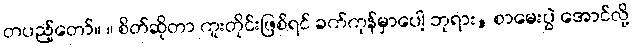
တပည့်တော်။ ။ စိတ်ဆိုတာ ကူးတိုင်းဖြစ်ရင် ခက်ကုန်မှာပေါ့ ဘုရား, စာမေးပွဲ အောင်လို့